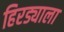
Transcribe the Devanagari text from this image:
हिरड्याला